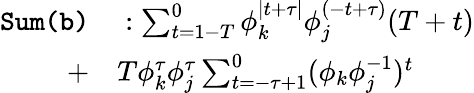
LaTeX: \begin{array}{rl}{\texttt{Sum(b)}}&{{}:\sum_{t=1-T}^{0}\phi_{k}^{\mid t+\tau\mid}\phi_{j}^{(-t+\tau)}(T+t)}\\ {+}&{{}T\phi_{k}^{\tau}\phi_{j}^{\tau}\sum_{t=-\tau+1}^{0}(\phi_{k}\phi_{j}^{-1})^{t}}\end{array}